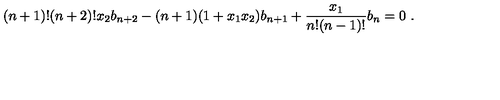
( n + 1 ) ! ( n + 2 ) ! x _ { 2 } b _ { n + 2 } - ( n + 1 ) ( 1 + x _ { 1 } x _ { 2 } ) b _ { n + 1 } + { \frac { x _ { 1 } } { n ! ( n - 1 ) ! } } b _ { n } = 0 \ .